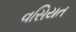
વસિયત